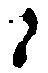
ニ